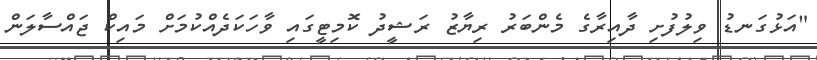
"އަޅުގަނޑު ވިލުފުށި ދާއިރާގެ މެންބަރު ރިޔާޒު ރަޝީދު ކޮމިޓީގައި ވާހަކަދެއްކުމަށް މައިކް ޖައްސާލަން